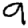
Digit: 9